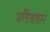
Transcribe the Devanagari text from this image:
प्रतिशथान